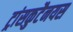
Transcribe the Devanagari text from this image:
ट्रांसकुटैनयस